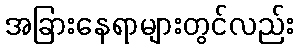
အခြားနေရာများတွင်လည်း